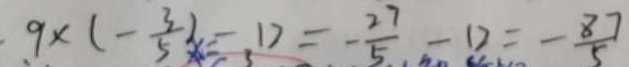
9 \times ( - \frac { 3 } { 5 } ) - 1 2 = - \frac { 2 7 } { 5 } - 1 2 = - \frac { 8 7 } { 5 }